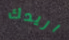
اريدك